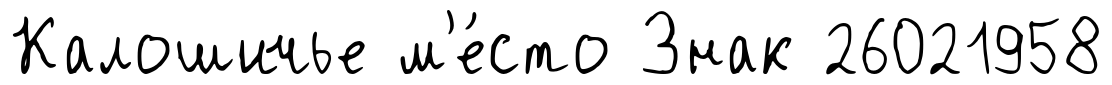
Калошичье м'е́сто Знак 26021958